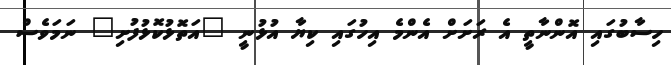
ހިސާބުގައި އޮންނާތީ އެ ރަށަށް އެންމެ އިހުގައި ކިޔާ އުޅުނީ "އަތޮޅުކޮޅުފުށި" ނަމަވެސް